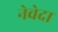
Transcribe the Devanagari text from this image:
नेवेदा